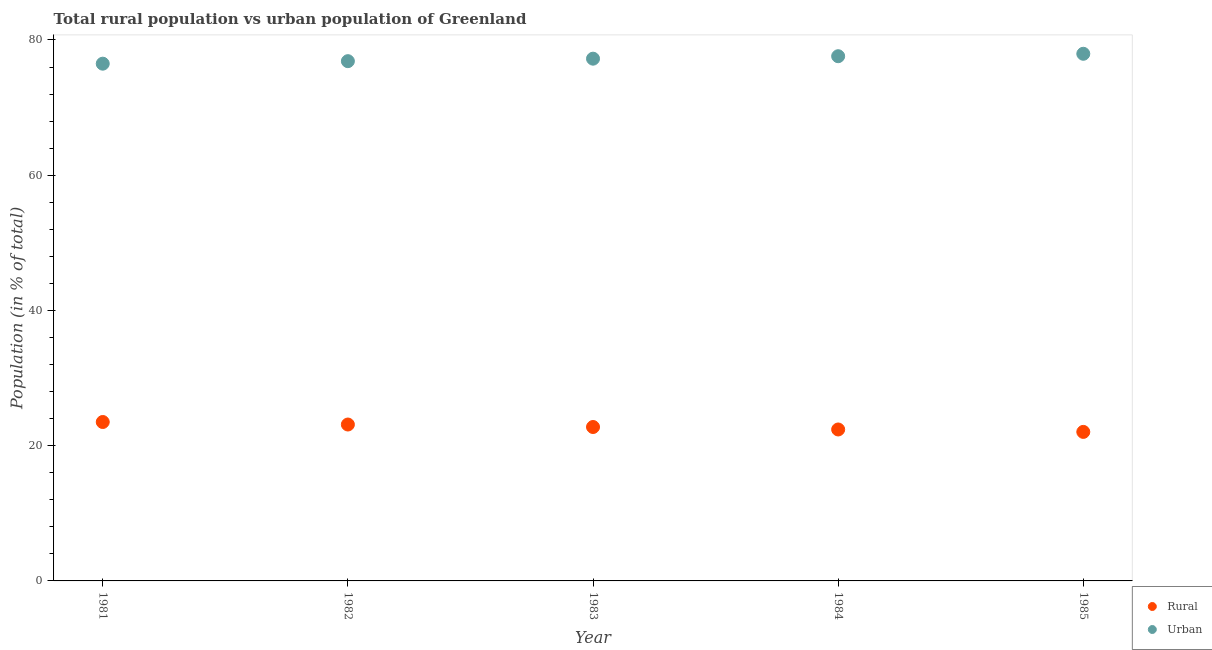
| Year | Rural | Urban |
 | --- | --- | --- |
 | 1981 | 23.5 | 76.5 |
 | 1982 | 23.1 | 76.9 |
 | 1983 | 22.8 | 77.2 |
 | 1984 | 22.4 | 77.6 |
 | 1985 | 22 | 78 |